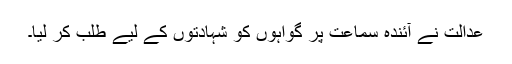
عدالت نے آئندہ سماعت پر گواہوں کو شہادتوں کے لیے طلب کر لیا۔